Annual report of the Punjab Veterinary College and of the Civil Veterinary Department, Punjab - 1894-1908
Year: 1894
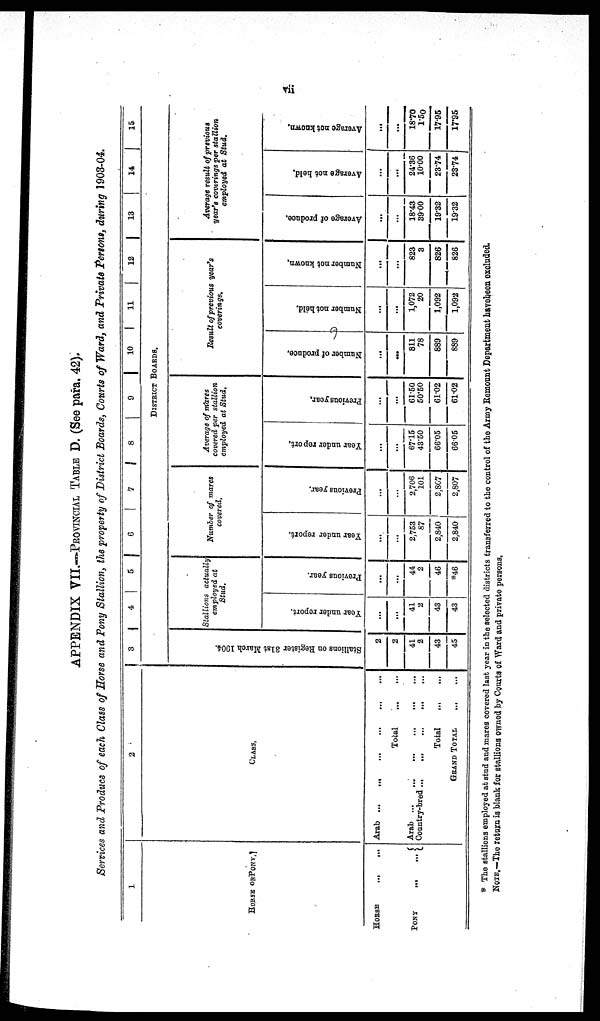
vii
APPENDIX VII.—PROVINCIAL TABLE D. (See para. 42).
Services and Produce of each Class of Horse and Pony Stallion, the property of District Boards, Courts of Ward, and Private Persons, during 1903-04.
1
HORSE OR PONY.
HORSE
...
...
PONY ... ...
2
CLASS.
Arab ... .... ... ... ... ... ...
Total
...
...
Arab
....
...
...
...
...
Country-bred
...
...
...
...
...
Total ...
GRAND TOTAL ... ...
3
4
5
6 7
8
9
10 11
12
13
14
15.
DISTRICT BOARDS.
Stallions on Rgister 31st March 1904.
2
2
41
2
43
45
Stallions
actually
employed at
Stud.
Year under report.
...
...
41
2
43
43
Previous year.
...
...
44
2
46
*46
Number of mares
covered.
Year under report.
...
...
2,753
87
2,840
2,840
Previous year.
...
...
2,706
101
2,807
2,807
Average of mares
covered per stallion
employed at Stud.
Year under report.
...
...
67.15
43.50
66.05
66.05
Previous year.
...
...
61.50
50.50
61.02
61.02
Result of previous year's
coverings.
Number of produce.
...
...
811
78
889
889
Number not held.
...
...
1,072
20
1,092
1,092
Number not known.
...
...
823
3
826
826
Average result of previous
year's coverings per stallion
employed at Stud.
Average of produce.
...
...
18.43
39.00
19.32
19.32
Average not held.
...
...
24.36
10.00
23.74
23.74
Average not known.
...
...
18.70
1.50
17.95
17.95
* The stallions employed at stud and mares covered last year in the selected districts transferred to the control of the Army Remount Department havebeen excluded.
NOTE.—The return is blank for stallions owned by Courts of Ward and private persons.